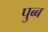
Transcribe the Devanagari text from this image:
पुब्ब